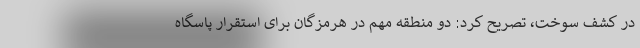
در کشف سوخت، تصریح کرد: دو منطقه مهم در هرمزگان برای استقرار پاسگاه